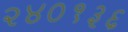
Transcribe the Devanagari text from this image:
२४०१३६